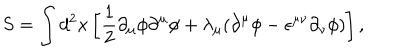
LaTeX: S = \int d ^ { 2 } x \left[ { \frac 1 2 } { \partial } _ { \mu } { \phi } { \partial } ^ { \mu } { \phi } + { \lambda } _ { \mu } ( { \partial } ^ { \mu } { \phi } - { \epsilon } ^ { { \mu } { \nu } } { \partial } _ { \nu } { \phi } ) \right] ,